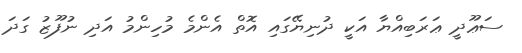
ސަޢޫދީ ޢަރަބިއްޔާ އަކީ ދުނިޔޭގައި އޮތް އެންމެ މުހިންމު އަދި ނުފޫޒު ގަދަ